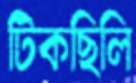
টিকছিলি